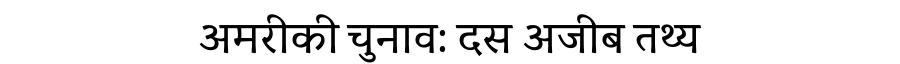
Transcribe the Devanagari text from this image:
अमरीकी चुनाव: दस अजीब तथ्य